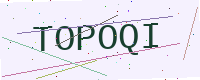
Text: TOPOQI